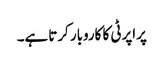
پراپرٹی کا کاروبار کرتا ہے۔